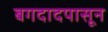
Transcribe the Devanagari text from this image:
बगदादपासून